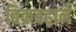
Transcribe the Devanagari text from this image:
बिक्रबढ़ाने